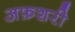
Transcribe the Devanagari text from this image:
अफ़शरी